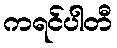
ကရင်ပါတီ